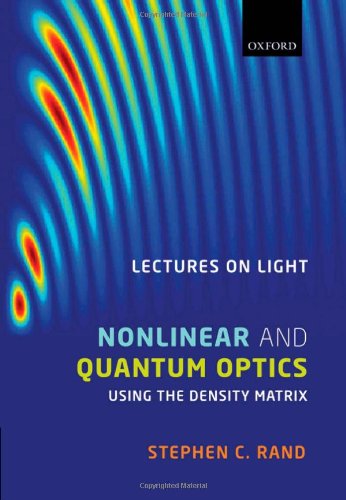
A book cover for Lectures on Light: Nonlinear and Quantum Optics using the Density Matrix; Stephen C. Rand; Science & Math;